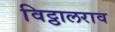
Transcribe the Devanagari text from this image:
विट्ठालराव